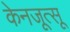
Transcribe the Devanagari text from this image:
केनजूत्सू